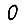
Digit: 0